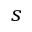
s